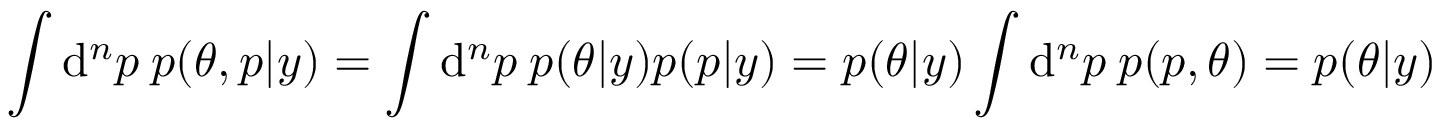
\int \mathrm { d } ^ { n } p \: p ( \theta , p | y ) = \int \mathrm { d } ^ { n } p \: p ( \theta | y ) p ( p | y ) = p ( \theta | y ) \int \mathrm { d } ^ { n } p \: p ( p , \theta ) = p ( \theta | y )